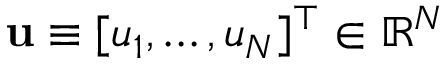
\mathbf { u } \equiv [ u _ { 1 } , \dots , u _ { N } ] ^ { \top } \in \mathbb { R } ^ { N }